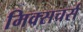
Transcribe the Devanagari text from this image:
मिक्सचर्स